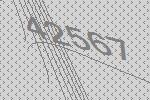
42567